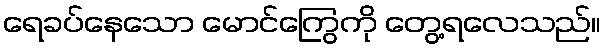
ရေခပ်နေသော မောင်ကြွေကို တွေ့ရလေသည်။